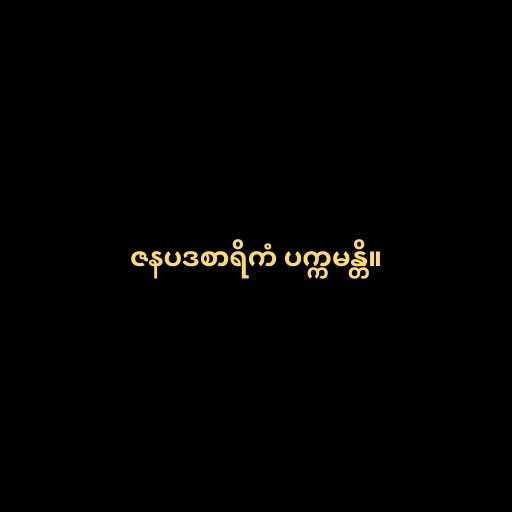
ဇနပဒစာရိကံ ပက္ကမန္တိ။